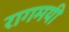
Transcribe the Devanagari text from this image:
रागमयी